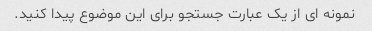
نمونه ای از یک عبارت جستجو برای این موضوع پیدا کنید.